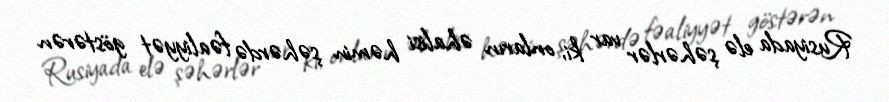
Rusiyada elə şəhərlər var ki, onların əhalisi həmin şəhərdə fəaliyyət göstərən